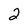
Character: 2